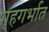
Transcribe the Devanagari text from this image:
गृहगर्भात